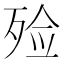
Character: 殓